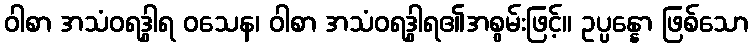
ဝါစာ အသံဝရဒွါရ ဝသေန၊ ဝါစာ အသံဝရဒွါရ၏အစွမ်းဖြင့်။ ဥပ္ပန္နော ဖြစ်သော